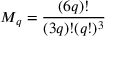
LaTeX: M _ { q } = { \frac { ( 6 q ) ! } { ( 3 q ) ! ( q ! ) ^ { 3 } } }